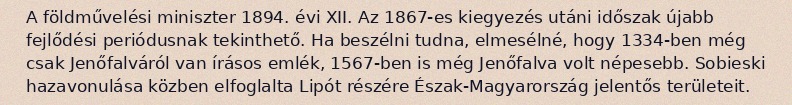
A földművelési miniszter 1894. évi XII. Az 1867-es kiegyezés utáni időszak újabb fejlődési periódusnak tekinthető. Ha beszélni tudna, elmesélné, hogy 1334-ben még csak Jenőfalváról van írásos emlék, 1567-ben is még Jenőfalva volt népesebb. Sobieski hazavonulása közben elfoglalta Lipót részére Észak-Magyarország jelentős területeit.